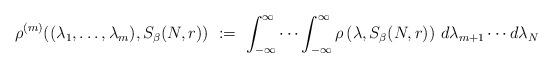
LaTeX: \begin{align*}\rho^{(m)}((\lambda_1,\ldots,\lambda_m),S_\beta(N,r))\ :=\ \int_{-\infty}^\infty \cdots \int_{-\infty}^\infty \rho\left(\lambda,S_\beta(N,r)\right)\, d\lambda_{m+1} \cdots d\lambda_N\end{align*}